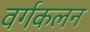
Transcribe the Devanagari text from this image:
वर्गकलन